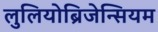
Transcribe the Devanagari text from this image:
लुलियोब्रिजेन्सियम